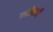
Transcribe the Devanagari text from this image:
माहेराची